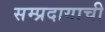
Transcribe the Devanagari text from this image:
सम्प्रदायाची